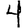
Digit: 4